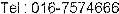
TEL : 016-7574666